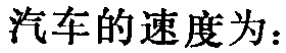
汽车的速度为：